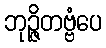
ဘုဉ္ဇိတဗ္ဗံပေ